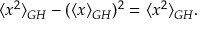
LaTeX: \langle x ^ { 2 } \rangle _ { G H } - ( \langle x \rangle _ { G H } ) ^ { 2 } = \langle x ^ { 2 } \rangle _ { G H } .